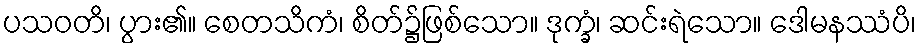
ပသဝတိ၊ ပွား၏။ စေတသိကံ၊ စိတ်၌ဖြစ်သော။ ဒုက္ခံ၊ ဆင်းရဲသော။ ဒေါမနဿံပိ၊